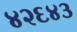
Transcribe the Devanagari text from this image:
४२६४३